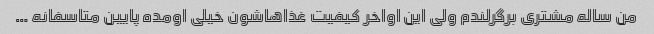
من ساله‌ مشتری برگرلندم ولی این اواخر کیفیت غذاهاشون خیلی اومده پایین متاسفانه …